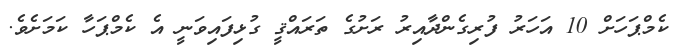
ކެމްޕަހަށް 10 އަހަރު ފުރިގެންދާއިރު ރަށުގެ ތަރައްޤީ ގުޅިފައިވަނީ އެ ކެމްޕަހާ ކަމަށެވެ.